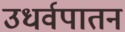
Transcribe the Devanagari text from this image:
उधर्वपातन